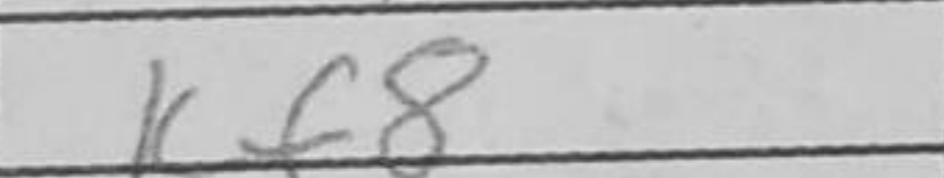
Transcription: Kf8